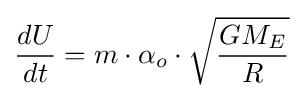
{\frac {dU}{dt}}=m\cdot \alpha _{o}\cdot {\sqrt {\frac {GM_{E}}{R}}}